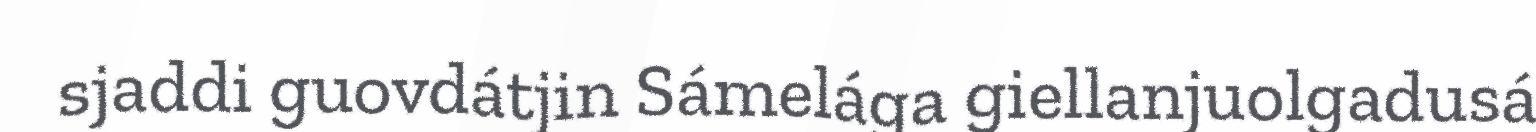
sjaddi guovdátjin Sámelága giellanjuolgadusá